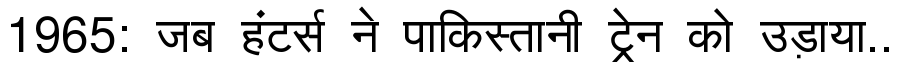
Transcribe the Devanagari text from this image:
1965: जब हंटर्स ने पाकिस्तानी ट्रेन को उड़ाया..